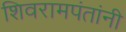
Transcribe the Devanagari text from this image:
शिवरामपंतांनी